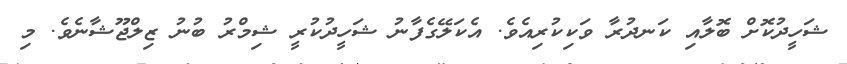
ޝަހީދުކޮށް ބޮލާއި ކަނދުރާ ވަކިކުރިއެވެ. އެކަލޭގެފާނު ޝަހީދުކުރީ ޝިމްރު ބުނު ޒިލްޖޫޝާނެވެ. މި